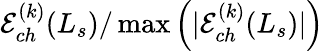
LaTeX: \mathcal{E}_{ch}^{(k)}(L_{s})/\operatorname*{max}\left(|\mathcal{E}_{ch}^{(k)}(L_{s})|\right)